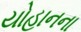
યોહાનના